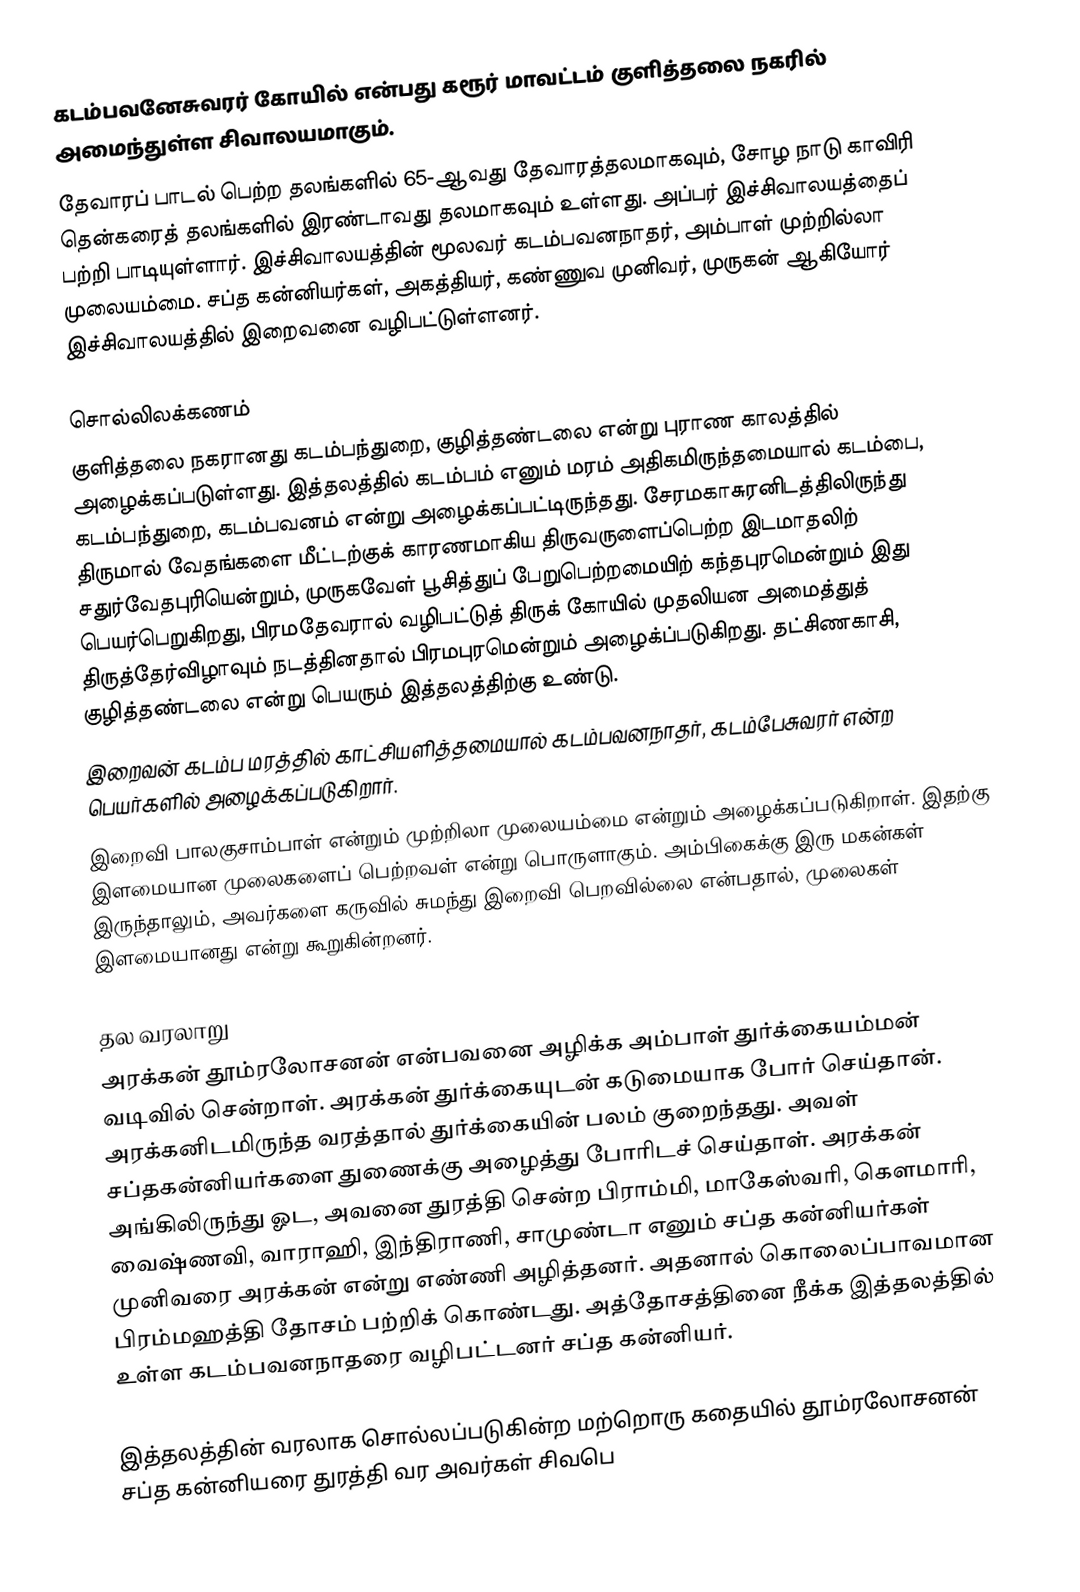
கடம்பவனேசுவரர் கோயில் என்பது கரூர் மாவட்டம் குளித்தலை நகரில் அமைந்துள்ள சிவாலயமாகும்.
தேவாரப் பாடல் பெற்ற தலங்களில் 65-ஆவது தேவாரத்தலமாகவும்,  சோழ நாடு காவிரி தென்கரைத் தலங்களில் இரண்டாவது தலமாகவும் உள்ளது.  அப்பர் இச்சிவாலயத்தைப் பற்றி பாடியுள்ளார். இச்சிவாலயத்தின் மூலவர் கடம்பவனநாதர், அம்பாள் முற்றில்லா முலையம்மை. சப்த கன்னியர்கள், அகத்தியர், கண்ணுவ முனிவர், முருகன் ஆகியோர் இச்சிவாலயத்தில் இறைவனை வழிபட்டுள்ளனர்.

சொல்லிலக்கணம்
 குளித்தலை நகரானது கடம்பந்துறை, குழித்தண்டலை என்று புராண காலத்தில் அழைக்கப்படுள்ளது. இத்தலத்தில் கடம்பம் எனும் மரம் அதிகமிருந்தமையால்  கடம்பை, கடம்பந்துறை, கடம்பவனம் என்று அழைக்கப்பட்டிருந்தது. சேரமகாசுரனிடத்திலிருந்து திருமால் வேதங்களை மீட்டற்குக் காரணமாகிய திருவருளைப்பெற்ற இடமாதலிற் சதுர்வேதபுரியென்றும், முருகவேள் பூசித்துப் பேறுபெற்றமையிற் கந்தபுரமென்றும் இது பெயர்பெறுகிறது, பிரமதேவரால் வழிபட்டுத் திருக் கோயில் முதலியன அமைத்துத் திருத்தேர்விழாவும் நடத்தினதால் பிரமபுரமென்றும் அழைக்ப்படுகிறது. தட்சிணகாசி, குழித்தண்டலை என்று பெயரும் இத்தலத்திற்கு உண்டு.
 இறைவன் கடம்ப மரத்தில் காட்சியளித்தமையால் கடம்பவனநாதர், கடம்பேசுவரர் என்ற பெயர்களில் அழைக்கப்படுகிறார்.
 இறைவி பாலகுசாம்பாள் என்றும் முற்றிலா முலையம்மை என்றும் அழைக்கப்படுகிறாள். இதற்கு இளமையான முலைகளைப் பெற்றவள் என்று பொருளாகும். அம்பிகைக்கு இரு மகன்கள் இருந்தாலும், அவர்களை கருவில் சுமந்து இறைவி பெறவில்லை என்பதால், முலைகள் இளமையானது என்று கூறுகின்றனர்.

தல வரலாறு
அரக்கன் தூம்ரலோசனன் என்பவனை அழிக்க அம்பாள் துர்க்கையம்மன் வடிவில் சென்றாள். அரக்கன் துர்க்கையுடன் கடுமையாக போர் செய்தான். அரக்கனிடமிருந்த வரத்தால் துர்க்கையின் பலம் குறைந்தது. அவள் சப்தகன்னியர்களை துணைக்கு அழைத்து போரிடச் செய்தாள். அரக்கன் அங்கிலிருந்து ஓட, அவனை துரத்தி சென்ற பிராம்மி, மாகேஸ்வரி, கெளமாரி, வைஷ்ணவி, வாராஹி, இந்திராணி, சாமுண்டா எனும் சப்த கன்னியர்கள் முனிவரை அரக்கன் என்று எண்ணி அழித்தனர். அதனால் கொலைப்பாவமான பிரம்மஹத்தி தோசம் பற்றிக் கொண்டது. அத்தோசத்தினை நீக்க இத்தலத்தில் உள்ள கடம்பவனநாதரை வழிபட்டனர் சப்த கன்னியர்.

இத்தலத்தின் வரலாக சொல்லப்படுகின்ற மற்றொரு கதையில் தூம்ரலோசனன் சப்த கன்னியரை துரத்தி வர அவர்கள் சிவபெ